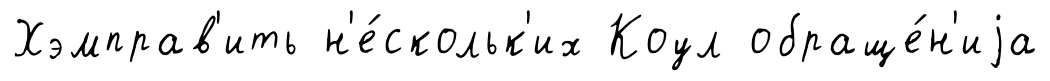
Хэмправ'ить н'е́скольк'их Коул обраще́н'иjа